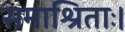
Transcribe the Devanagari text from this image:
समाश्रिताः।